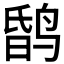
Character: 𪉎